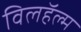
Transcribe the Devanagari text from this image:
विलहॅल्म